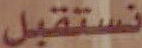
نستقبل